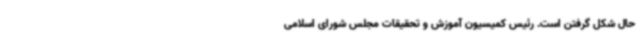
حال شکل گرفتن است. رئیس کمیسیون آموزش و تحقیقات مجلس شورای اسلامی